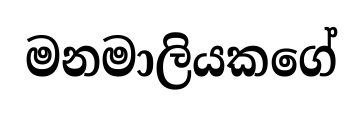
මනමාලියකගේ